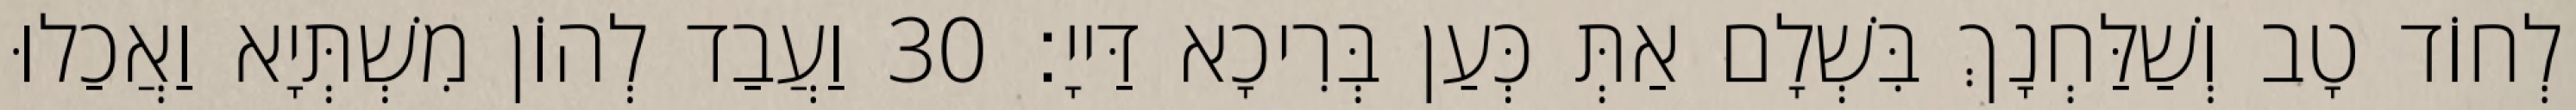
לְחוֹד טָב וְשַׁלַּחְנָךְ בִּשְׁלָם אַתְּ כְּעַן בְּרִיכָא דַּייָ׃ 30 וַעֲבַד לְהוֹן מִשְׁתְּיָא וַאֲכַלוּ